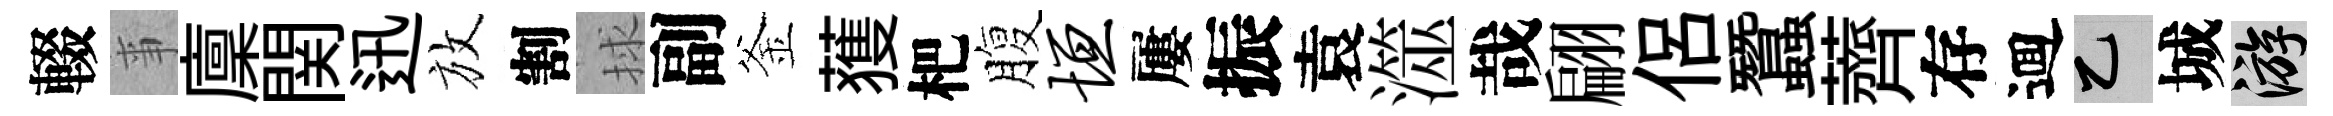
輟亊廩関迅放割捄副釜𫉬杷腹垣屢振袁澨哉翩侶蠶薺存逥乙城游